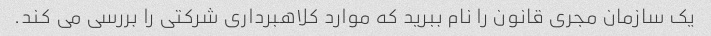
یک سازمان مجری قانون را نام ببرید که موارد کلاهبرداری شرکتی را بررسی می کند.